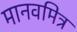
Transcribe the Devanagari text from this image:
मानवमित्र